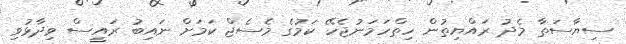
ސިޔާސަތާ މެދު ރައްޔިތުން ހިތްހަމަނުޖެހޭ ކަމުގެ މެސެޖް ކަމަށް ނައިބު ރައީސް ވިދާޅުވި